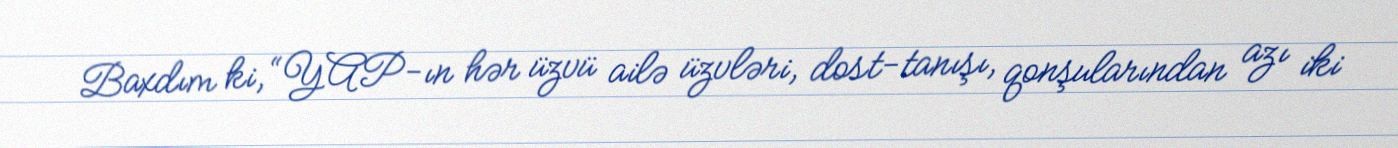
Baxdım ki, “YAP-ın hər üzvü ailə üzvləri, dost-tanışı, qonşularından azı iki